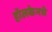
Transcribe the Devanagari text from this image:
हॉलकेनचे